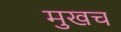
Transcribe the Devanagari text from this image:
मुखच